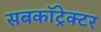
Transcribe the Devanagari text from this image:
सबकॉट्रेक्टर